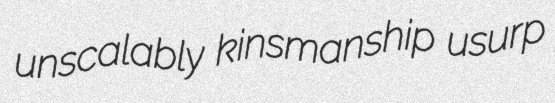
unscalably kinsmanship usurp